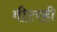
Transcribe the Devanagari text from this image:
मीटरही